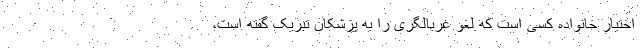
اختیار خانواده کسی است که لغو غربالگری را به پزشکان تبریک گفته است،